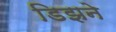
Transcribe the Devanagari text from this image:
डिझने